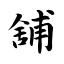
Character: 舖